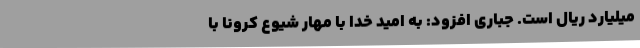
میلیارد ریال است. جباری افزود: به امید خدا با مهار شیوع کرونا با